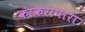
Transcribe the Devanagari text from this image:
काकरापारा